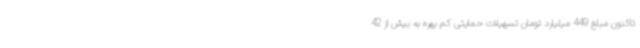
تاکنون مبلغ 449 میلیارد تومان تسهیلات حمایتی کم بهره به بیش از 42